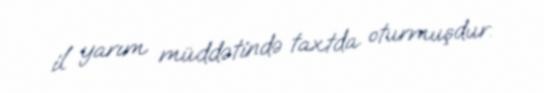
il yarım müddətində taxtda oturmuşdur.